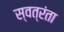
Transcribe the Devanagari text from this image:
स्वत्रंता